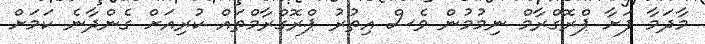
މާދަމާ ފަށާ ޕްރޮގްރާމް ނިމުމުން ވެސް އިތުރު ޕްރޮގްރާމްތައް ކުރިއަށް ގެންދާނެ ކަމަށް